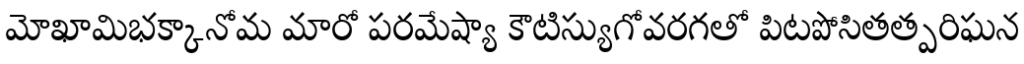
మోఖామిభక్కానోమ మారో పరమేష్యా కౌటిస్యుగోవరగతో పిటపోసితత్పరిఘన